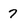
Character: 7